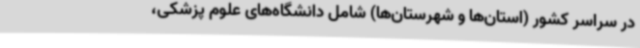
در سراسر کشور (استان‌ها و شهرستان‌ها) شامل دانشگاه‌های علوم پزشکی،